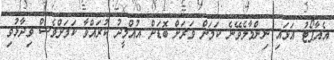
އެއާޕޯޓު އަޅައި ނިންމާލެވޭނެ ކަމަށް ވަރަށް ބޮޑަށް އުއްމީދު ކުރައްވާ ކަމަށްވެސް ވިދާޅުވި